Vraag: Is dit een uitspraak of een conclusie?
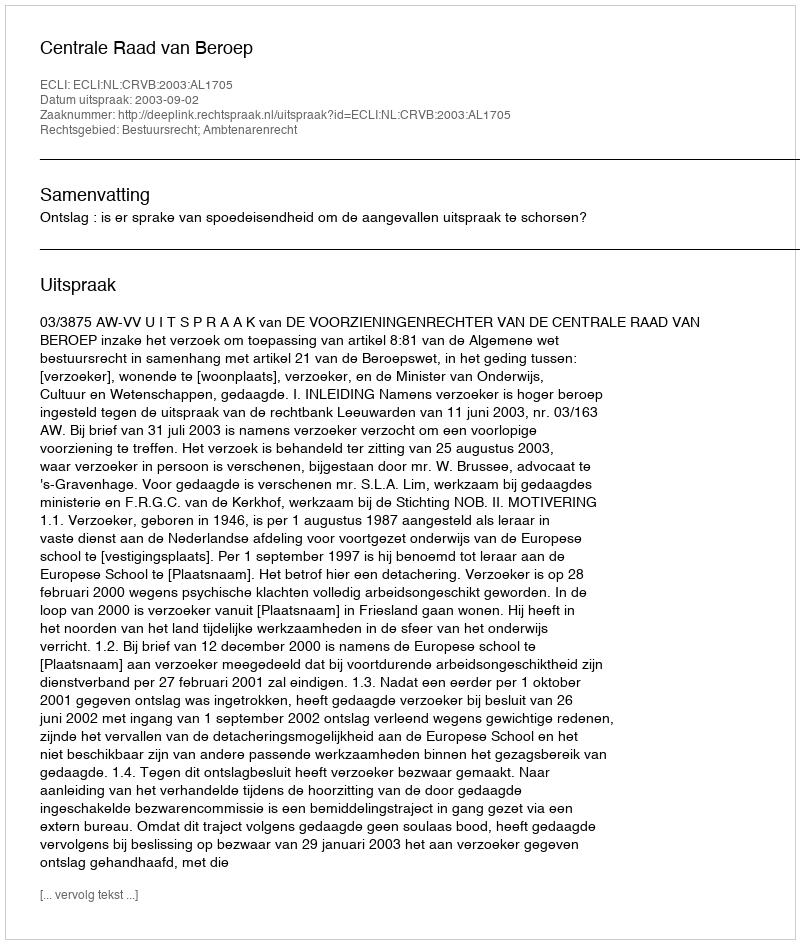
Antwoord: Uitspraak